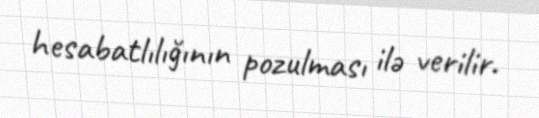
hesabatlılığının pozulması ilə verilir.